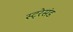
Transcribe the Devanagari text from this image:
स्ट्रेसंड